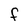
Character: f